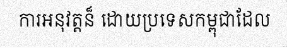
ការអនុវត្តន៏ ដោយប្រទេសកម្ពុជាដែល